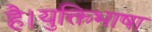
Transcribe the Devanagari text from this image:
है।युक्तिभाषा